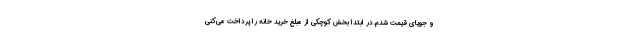
و جویای قیمت شدم.در ابتدا بخش کوچکی از مبلغ خرید خانه را پرداخت می‌کنی